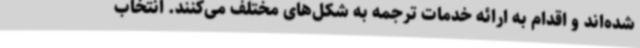
شده‌اند و اقدام به ارائه خدمات ترجمه به شکل‌های مختلف می‌کنند. انتخاب